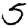
Digit: 5